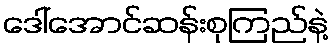
ဒေါ်အောင်ဆန်းစုကြည်နဲ့